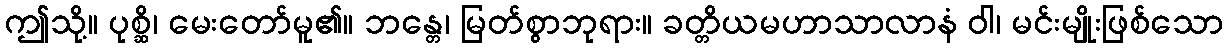
ဤသို့။ ပုစ္ဆိ၊ မေးတော်မူ၏။ ဘန္တေ၊ မြတ်စွာဘုရား။ ခတ္တိယမဟာသာလာနံ ဝါ၊ မင်းမျိုးဖြစ်သော